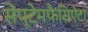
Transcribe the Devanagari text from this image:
सेंप्टेमफैसिऐटा